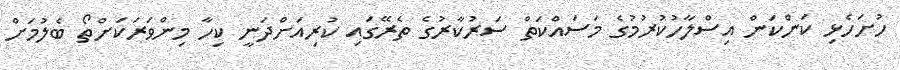
ހުށަހެޅި ކަންކަން އިސްލާހުކުރުމުގެ މަސައްކަތް ސަރުކާރުގެ ތެރޭގައި ކުރިއަށްދަނީ ކިހާ މިންވަރަކަށްތޯ ބެލުމަށް